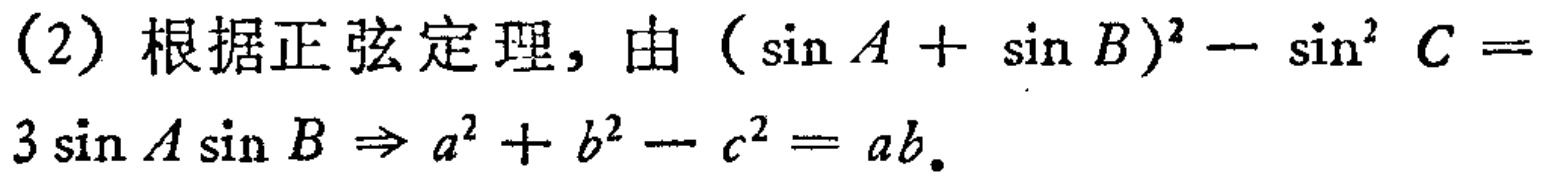
(2) 根据正弦定理，由\((\sin A + \sin B)^2 - \sin^2 C = 3\sin A\sin B\Rightarrow a^2 + b^2 - c^2 = ab\)。